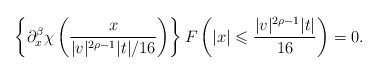
LaTeX: \begin{align*}\left\{\partial_x^\beta\chi\left(\frac{x}{|v|^{2\rho-1}|t|/16}\right)\right\}F\left(|x|\leqslant\frac{|v|^{2\rho-1}|t|}{16}\right)=0.\end{align*}